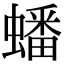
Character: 蟠